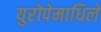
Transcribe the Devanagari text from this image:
युरोपेमाधिले